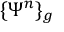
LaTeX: \{ \Psi ^ { n } \} _ { g }